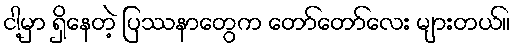
ငါ့မှာ ရှိနေတဲ့ ပြဿနာတွေက တော်တော်လေး များတယ်။